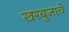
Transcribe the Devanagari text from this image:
खरबुजाचे